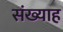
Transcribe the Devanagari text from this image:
संख्याह